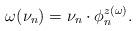
LaTeX: \begin{align*} \omega(\nu_n) = \nu_n \cdot \phi_n^{z(\omega)}. \end{align*}